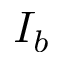
I _ { b }